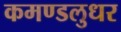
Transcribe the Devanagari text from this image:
कमण्डलुधर